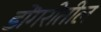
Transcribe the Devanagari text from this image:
डोंगरीतील